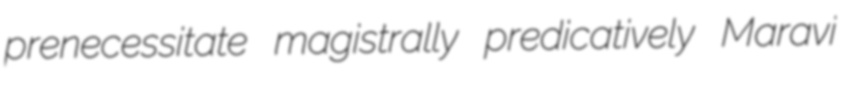
prenecessitate magistrally predicatively Maravi